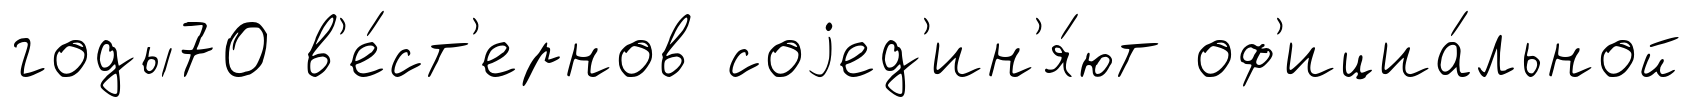
годы70 в'е́ст'ернов соjед'ин'я́ют оф'ициа́льной